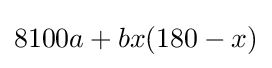
8100a+bx(180-x)